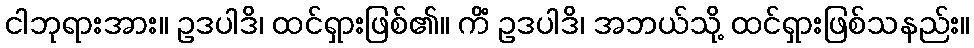
ငါဘုရားအား။ ဥဒပါဒိ၊ ထင်ရှားဖြစ်၏။ ကိံ ဥဒပါဒိ၊ အဘယ်သို့ ထင်ရှားဖြစ်သနည်း။